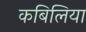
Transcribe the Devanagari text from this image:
कबिलिया